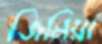
জিনিয়া